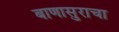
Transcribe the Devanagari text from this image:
बाणासुराचा